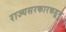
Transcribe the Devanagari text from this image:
राज्यसरकारकडून